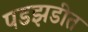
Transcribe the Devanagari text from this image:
पडझडीत